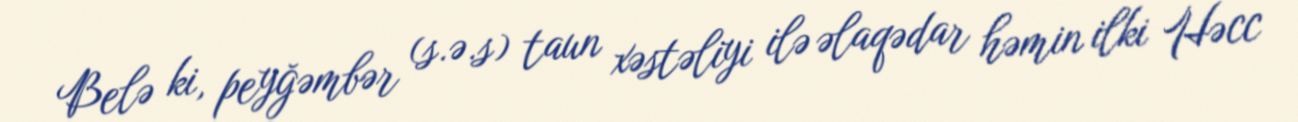
Belə ki, peyğəmbər (s.ə.s) taun xəstəliyi ilə əlaqədar həmin ilki Həcc